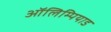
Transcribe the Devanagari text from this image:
ऑलिम्पियाड